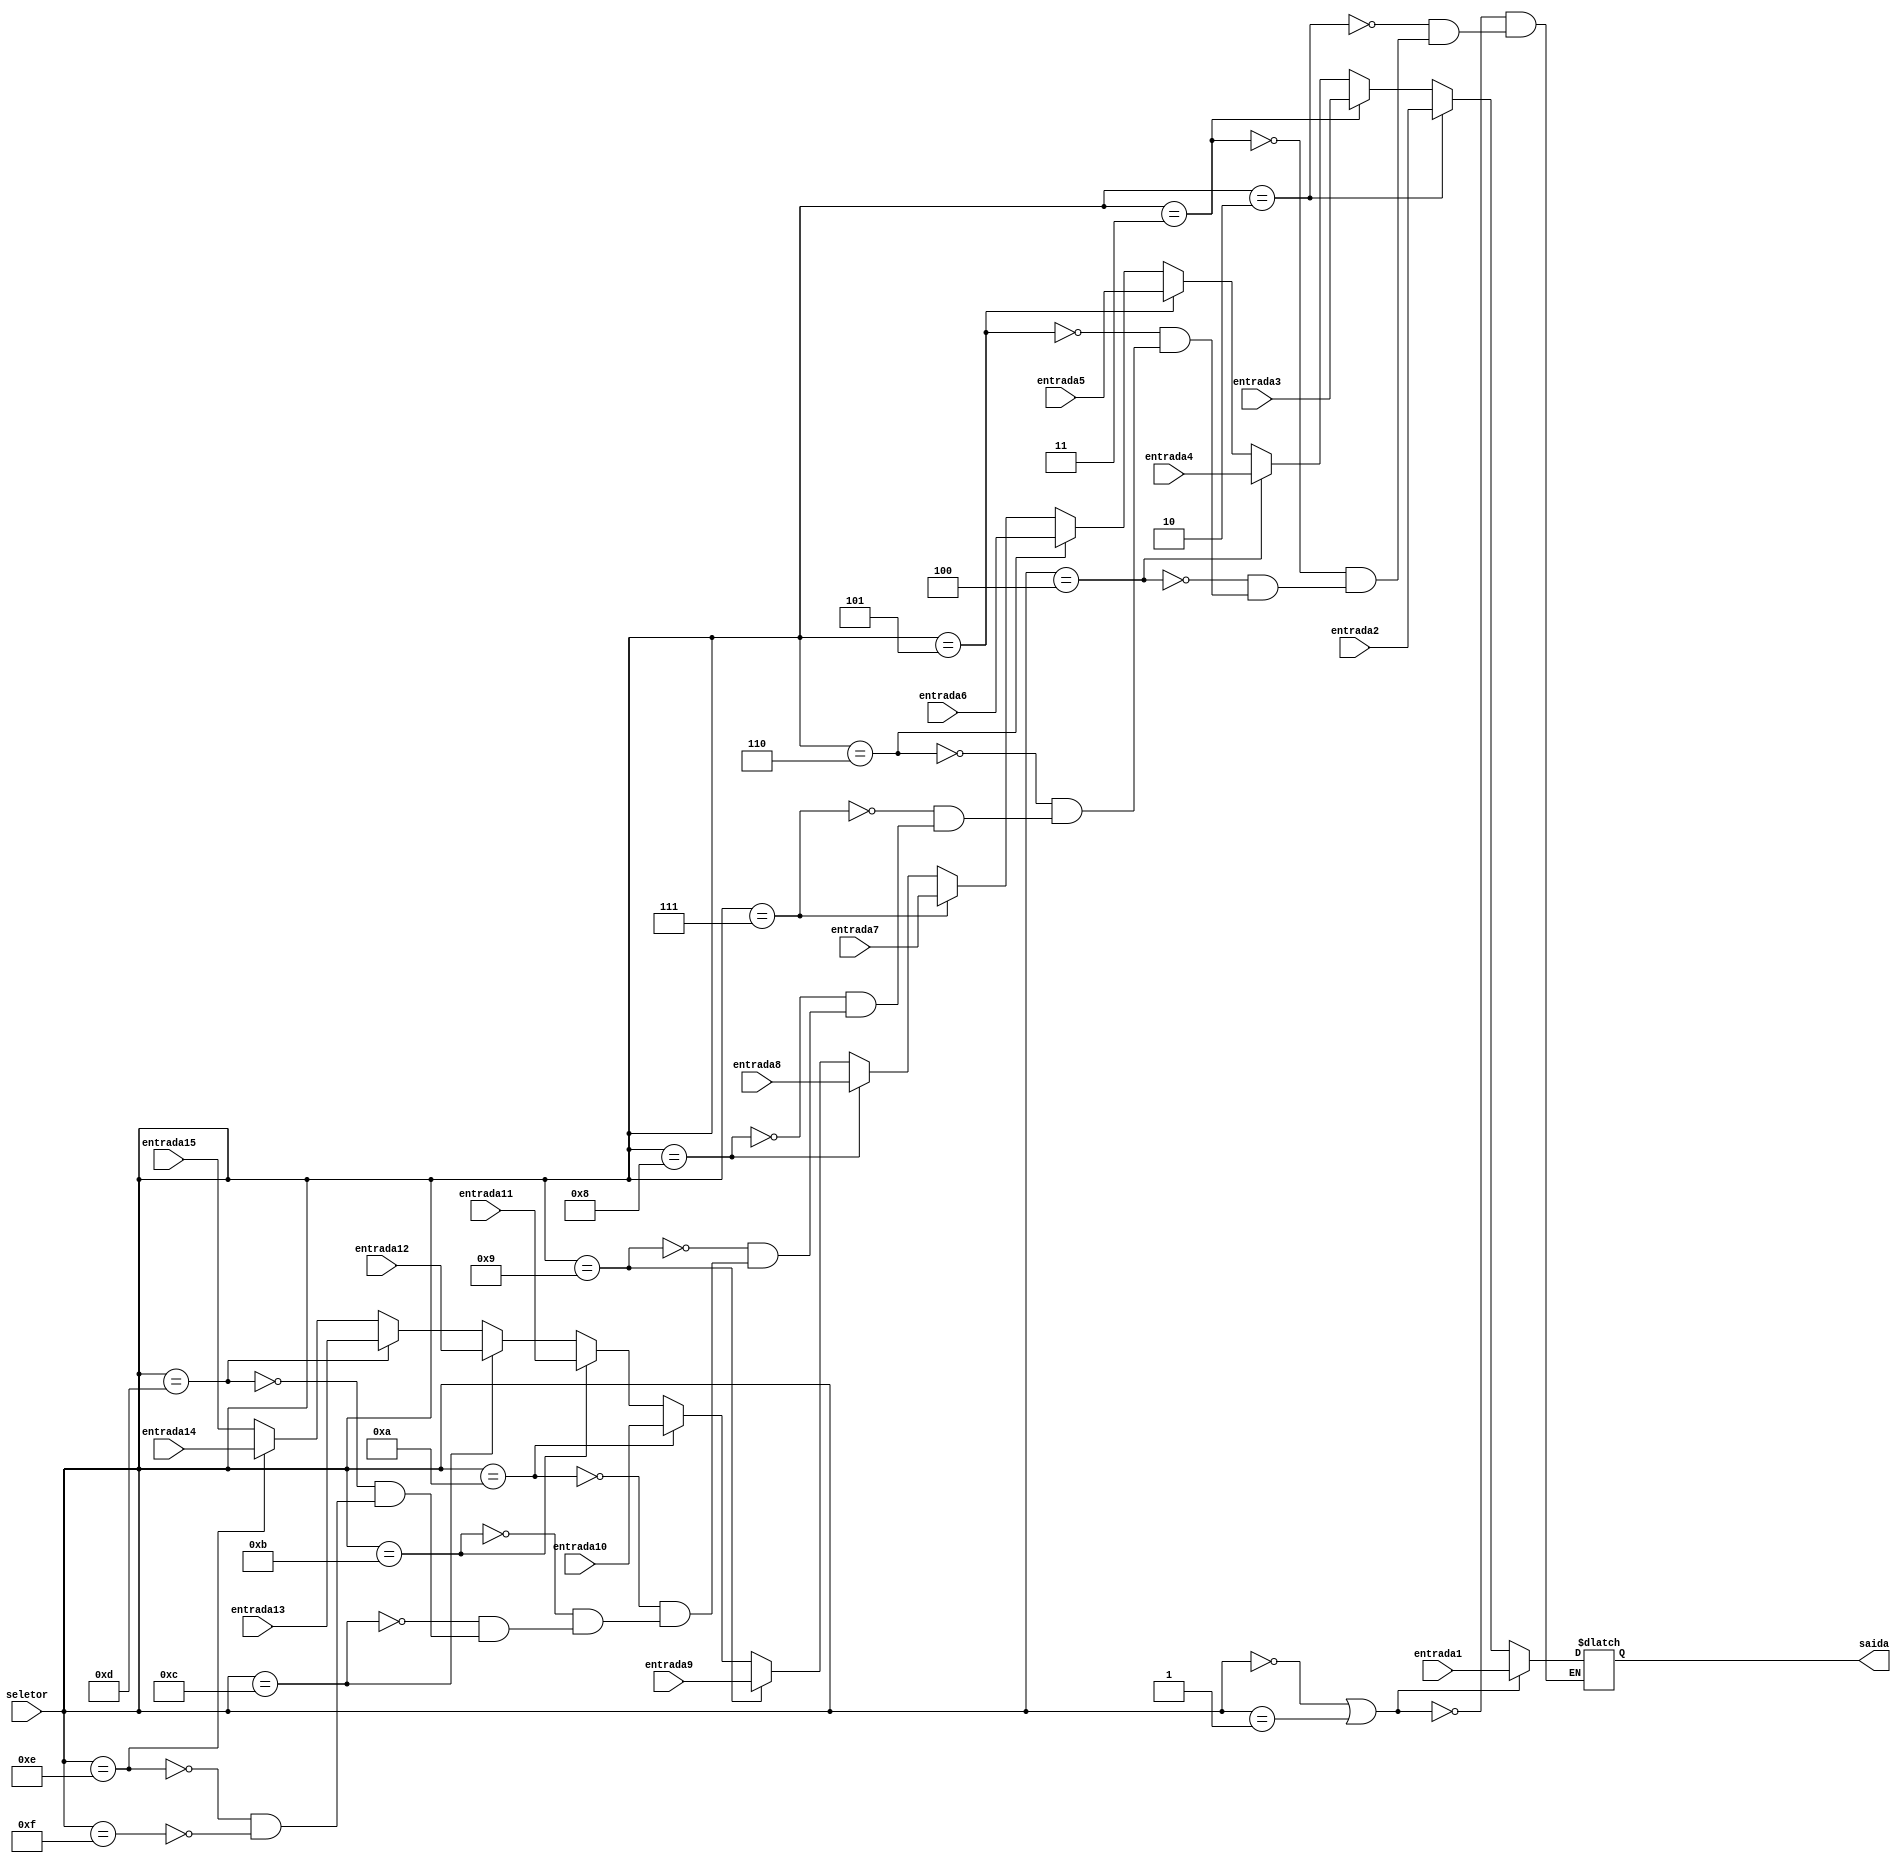
module MUX15Entradas(input entrada1,entrada2,entrada3,entrada4,entrada5,entrada6,entrada7,entrada8,entrada9,entrada10,entrada11,entrada12,entrada13,entrada14,entrada15 ,input [3:0] seletor, output reg saida);


always @(seletor or entrada1 or entrada2 or entrada3 or entrada4 or entrada5 or entrada6 or entrada7 or entrada8 or entrada9 or entrada10 or entrada11 or entrada12 or entrada13 or entrada14 or entrada15)
begin
if(seletor==0 || seletor==1) saida<=entrada1;	
else if(seletor==2) saida<=entrada2;
else if(seletor==3) saida<=entrada3;
else if(seletor==4) saida<=entrada4;
else if(seletor==5) saida<=entrada5;
else if(seletor==6) saida<=entrada6;
else if(seletor==7) saida<=entrada7;
else if(seletor==8) saida<=entrada8;
else if(seletor==9) saida<=entrada9;
else if(seletor==10) saida<=entrada10;
else if(seletor==11) saida<=entrada11;
else if(seletor==12) saida<=entrada12;
else if(seletor==13) saida<=entrada13;
else if(seletor==14) saida<=entrada14;
else if(seletor==15) saida<=entrada15;
end
endmodule